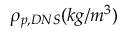
\rho _ { p , D N S } ( k g / m ^ { 3 } )